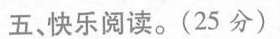
五、快乐阅读。(25分)